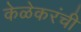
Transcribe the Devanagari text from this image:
केळेकरंची